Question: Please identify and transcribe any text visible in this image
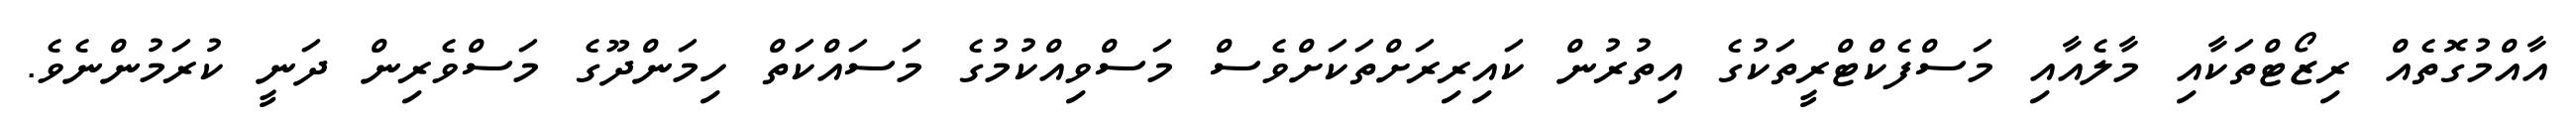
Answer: އާއްމުގޮތެއް ރިޒޯޓްތަކާއި މާލެއާއި މަސްފެކްޓްރީތަކުގެ އިތުރުން ކައިރިރަށްތަކަށްވެސް މަސްވިއްކުމުގެ މަސައްކަތް ހިމަންދޫގެ މަސްވެރިން ދަނީ ކުރަމުންނެވެ.